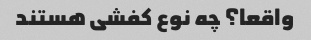
واقعا؟ چه نوع کفشی هستند